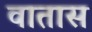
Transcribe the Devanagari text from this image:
वातास